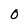
Character: 0